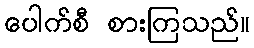
ပေါက်စီ စားကြသည်။